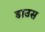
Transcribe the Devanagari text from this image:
डाउस